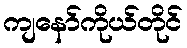
ကျနော်ကိုယ်တိုင်